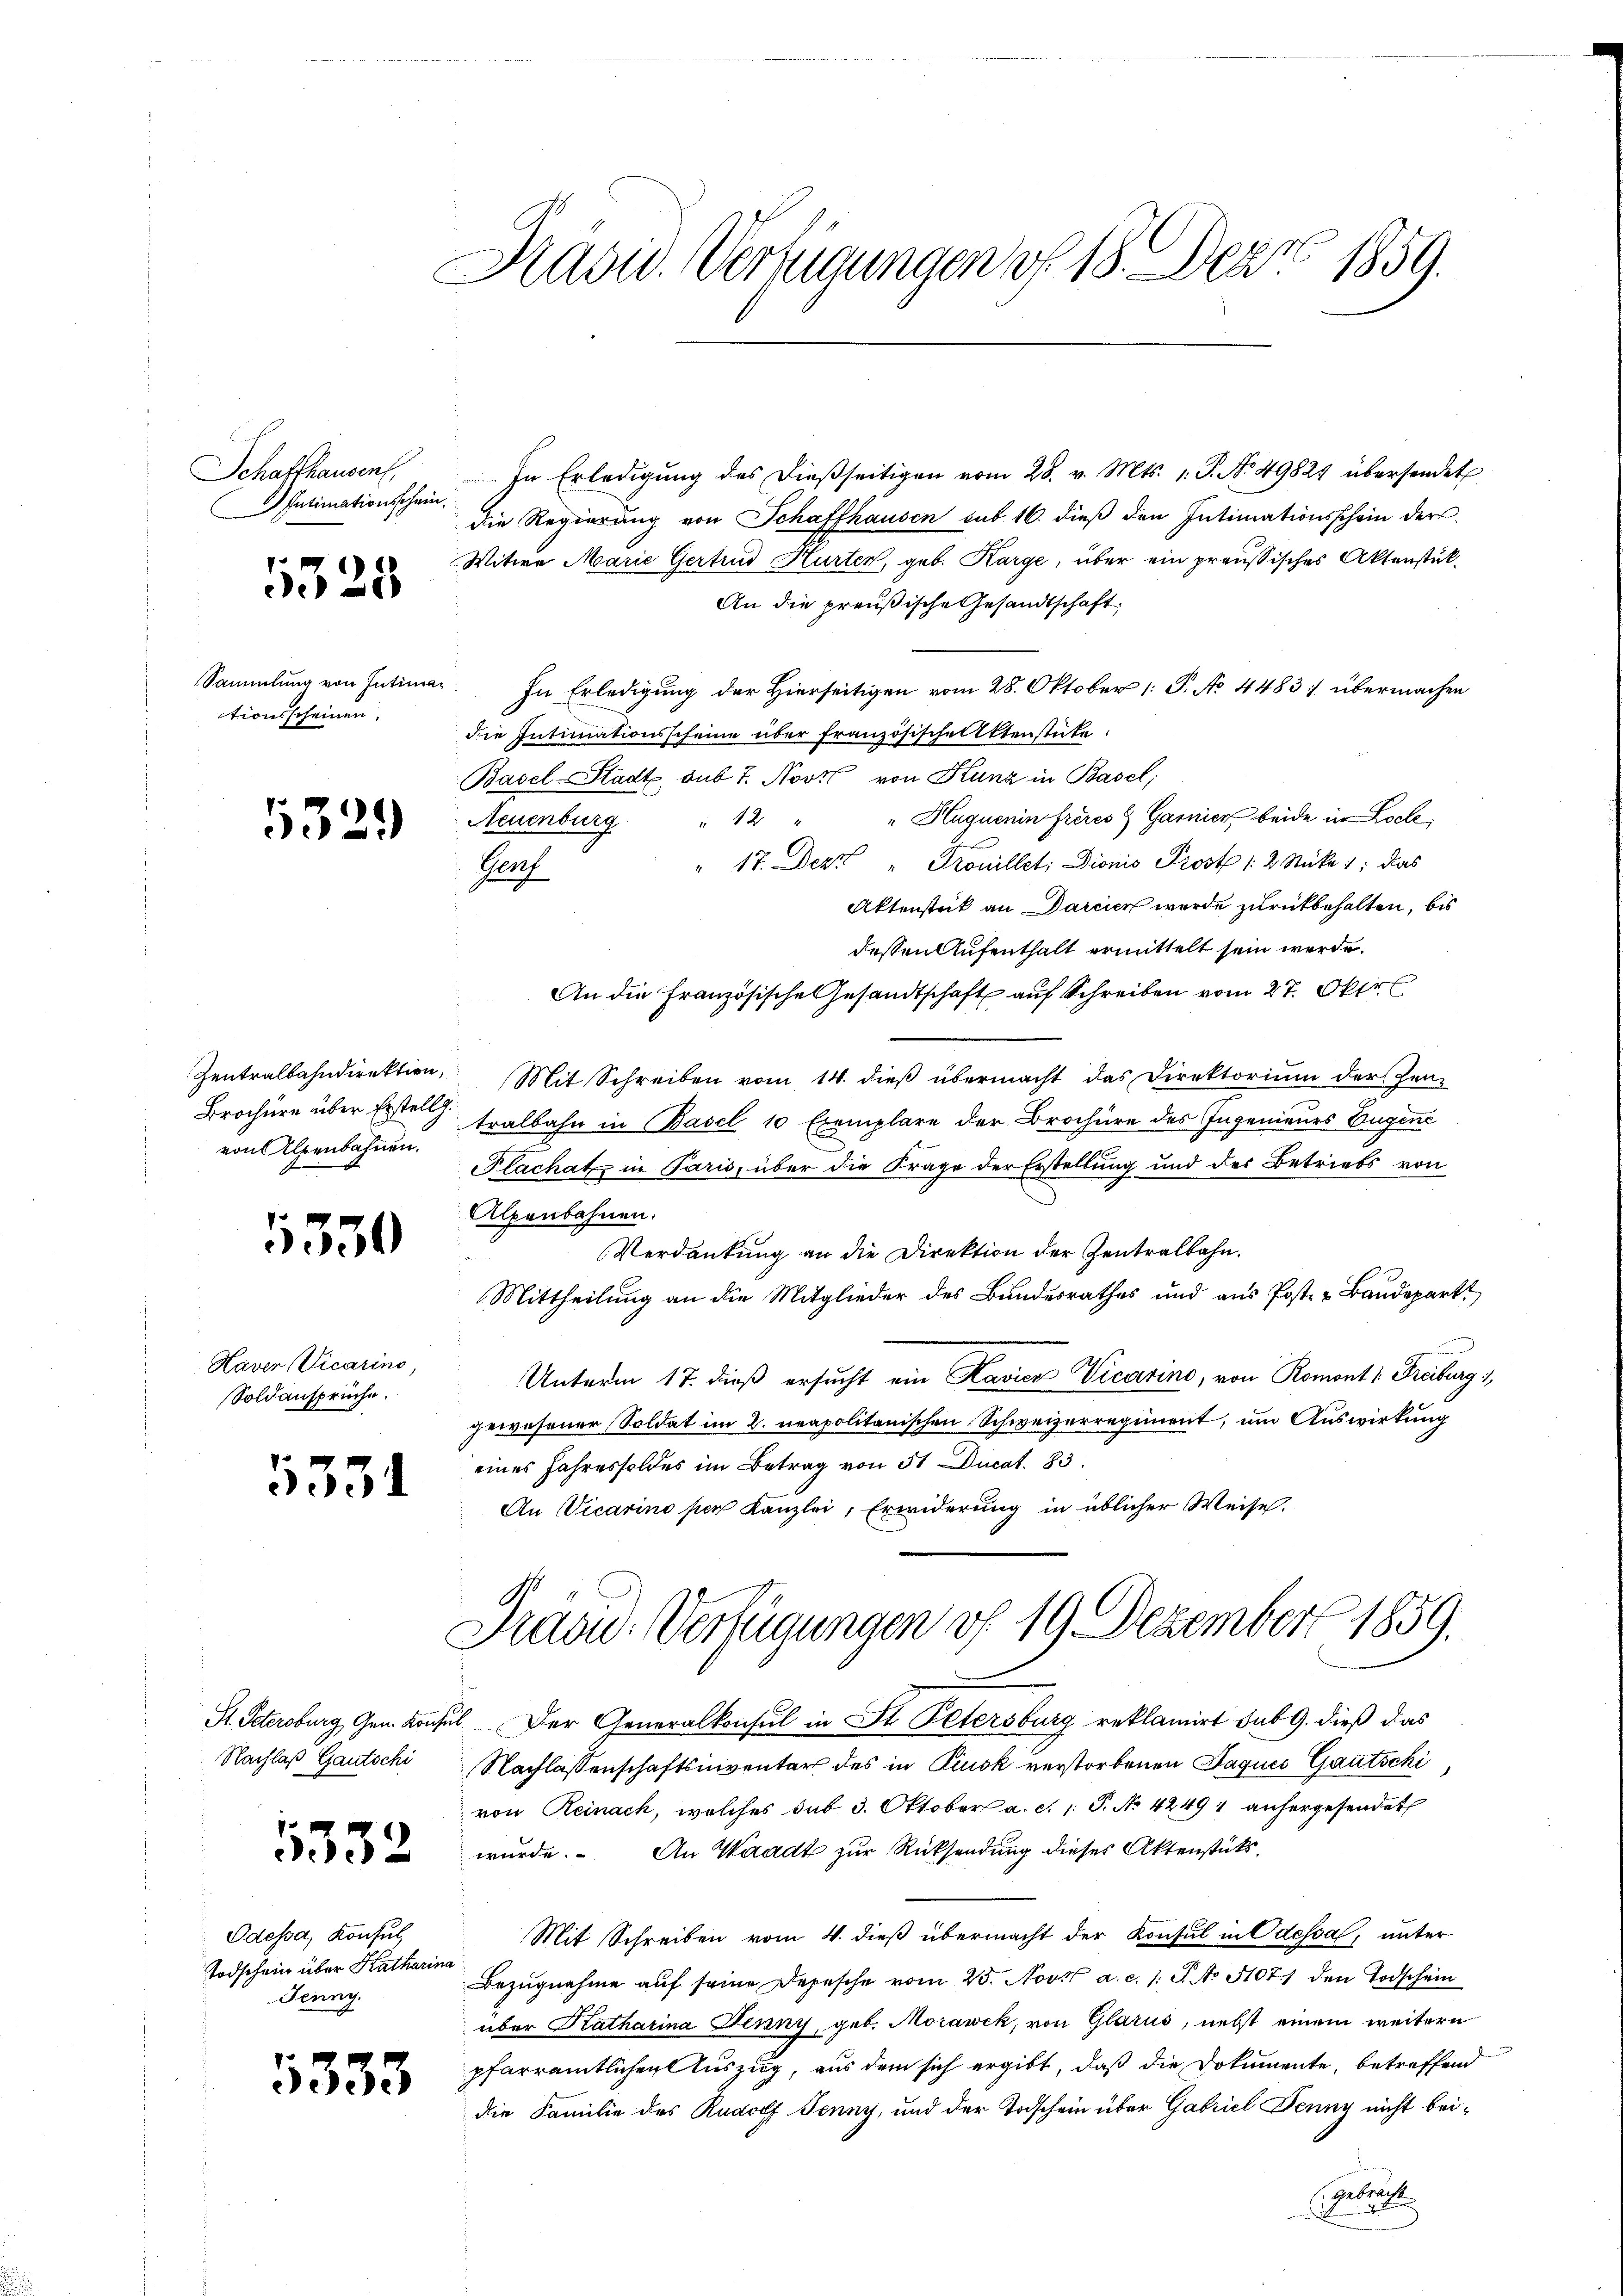
Schaffhausen,
Intimationsschein.

1328

tionsscheinen,

1329

von Alpenbahnen.

350

Haver Vicarino
Soldansprüche.

331

Nachlaß Gautschi

9
3332

Odessa, Konsul
Todschein über Katharina
Jenny.

5333

Kasid. Verfügungen v. 18. Dez. 1859.

In Erledigung des dießseitigen vom 28. v. Mts. 1. P. No 49821 übersendet
die Regierŭng von Schaffhausen sub 16. dieβ den Intimationsschein der
Witwe Marie Gertrud Hurten, geb. Karge, über ein preussisches Aktenstük¬
An die preußische Gesandtschaft
Sammlung von Intima. In Erledigung der Hierseitigen vom 28. Oktober 1 P. No. 4483; übermachen
die Intimationsscheine über französischen Aktenstüte:
Basel-Stadt sub 7. Novit von Kunz in Basel;
"Huquenin freies 9 Garnier beide in Loch¬
Neuenburg " 12 "
" 17. Dez. " Trouillet, Dionis Prost 1 2 Stücke 1; das
Nach
Aktenstück an Darcier wurde zurückbehalten, bis
dessen Aufenthalt ermittelt sein werde.
An die Französische Gesandtschaft auf Schreiben vom 27. Okto
Zentralbahndirektion, Mit Schreiben vom 14. dieβ übermacht das Direktorium der Zer-
Brochüre über Erste Stralbahn in Basel 10 Exemplare der Brochüre des Ingenieurs Eugens
Plachatz in Paris, über die Frage der Erstellung und der Betriebs von
Alpenbahnen.
Verdankung an die Direktion der Zentralbahn.
Mittheilung an die Mitglieder des Bundesrathes und aus Post- & Baudepart
Unterm 17. dieß ersucht ein Kavier Vicarino, von Romonts Freiburg 1
gewesener Soldat im 2. neapolitanischen Schweizerregiment, um Auswirkung
eines Jahressoldes im Betrag von 51 Ducat. 83.
An Vicarino per Kanzlei, Erwiderung in üblicher Weise.

Praou-Verfügungen vf 19 Dezember 1859.

St. Petersburg, Gen. Konsul Der Generalkonsul in St. Petersburg reklamirt sub 9. dieß das
Nachlassenschaftsinventar des in Piusk verstorbenen Jaques Gautschi
von Reinack, welches sub 3. Oktober a. c. 1 S. No 42491 anhergesendet
wurde. An Waadt zur Rücksendung dieses Aktenstäts¬
Mit Schreiben vom 4. dieß übermacht der Konsul in Odessal, unter
Bezugnahme auf seine Depesche vom 25. Nov. a. c. 1 S. No 5107) den Todschein
über Ratharina Jenny, geb. Morawek, von Glarus, nebst einem weitern
pfarramtlichen Auszug, aus dem sich ergibt, daß die Dokumente, betreffend
die Familie des Rudolf Jenny, und der Todschein über Gabriel Fenny nicht bei¬
Gebracht